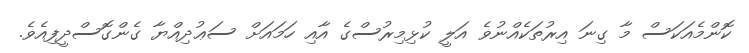
ކޮންމެއަކަސް މާ ގިނަ އިރުތަކެއްނުވެ އަލީ ކުޅިމިރުސްގެ އާއި ހަމައަށް ސަޢުދިއްޔާ ގެންގޮސްދީފިއެވެ.